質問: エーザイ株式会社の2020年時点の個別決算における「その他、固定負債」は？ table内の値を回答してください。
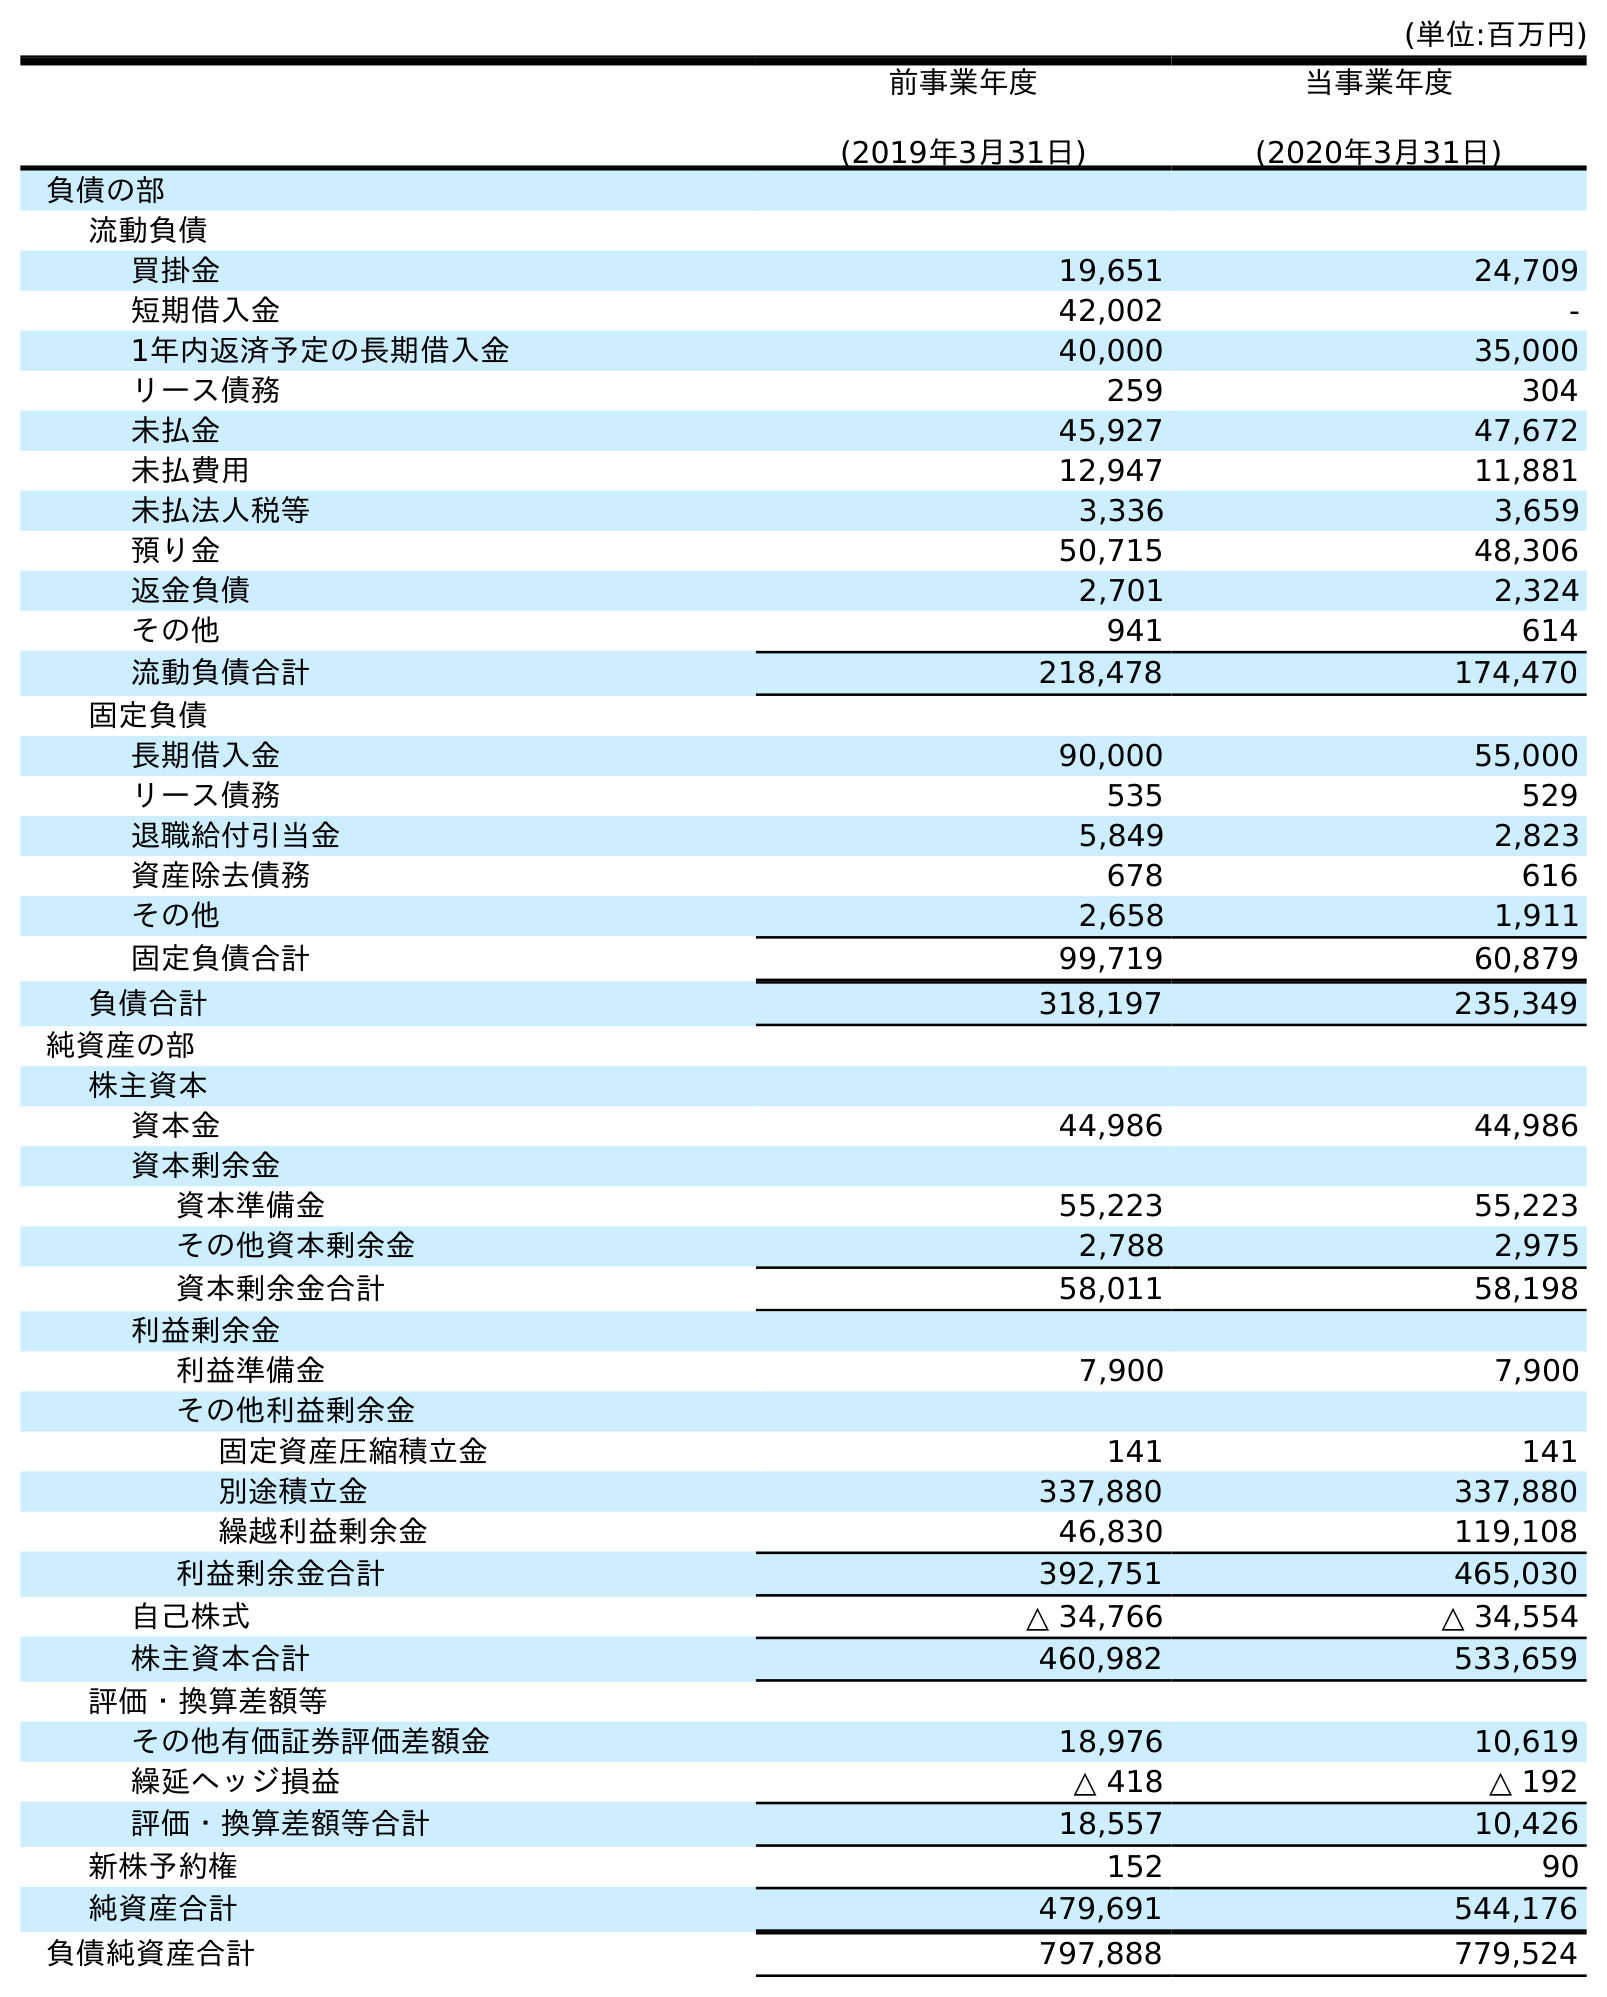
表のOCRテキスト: (単位:百万円) 前事業年度 (2019年3月31日) 当事業年度 (2020年3月31日) 負債の部 流動負債 買掛金 19,651 24,709 短期借入金 42,002 - 1年内返済予定の長期借入金 40,000 35,000 リース債務 259 304 未払金 45,927 47,672 未払費用 12,947 11,881 未払法人税等 3,336 3,659 預り金 50,715 48,306 返金負債 2,701 2,324 その他 941 614 流動負債合計 218,478 174,470 固定負債 長期借入金 90,000 55,000 リース債務 535 529 退職給付引当金 5,849 2,823 資産除去債務 678 616 その他 2,658 1,911 固定負債合計 99,719 60,879 負債合計 318,197 235,349 純資産の部 株主資本 資本金 44,986 44,986 資本剰余金 資本準備金 55,223 55,223 その他資本剰余金 2,788 2,975 資本剰余金合計 58,011 58,198 利益剰余金 利益準備金 7,900 7,900 その他利益剰余金 固定資産圧縮積立金 141 141 別途積立金 337,880 337,880 繰越利益剰余金 46,830 119,108 利益剰余金合計 392,751 465,030 自己株式 △ 34,766 △ 34,554 株主資本合計 460,982 533,659 評価・換算差額等 その他有価証券評価差額金 18,976 10,619 繰延ヘッジ損益 △ 418 △ 192 評価・換算差額等合計 18,557 10,426 新株予約権 152 90 純資産合計 479,691 544,176 負債純資産合計 797,888 779,524
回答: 1,911